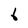
Character: 6